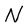
Character: N